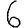
Digit: 6